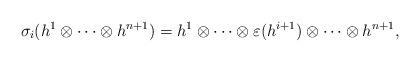
LaTeX: \begin{align*}\sigma_{i}(h^1 \otimes \cdots \otimes h^{n+1} )= h^1 \otimes \cdots\otimes \varepsilon (h^{i+1}) \otimes \cdots \otimes h^{n+1},\end{align*}